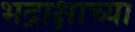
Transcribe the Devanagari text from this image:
भद्राक्षाच्या